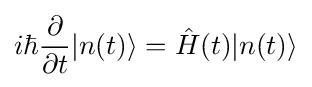
i\hbar {\frac {\partial }{\partial t}}|n(t)\rangle ={\hat {H}}(t)|n(t)\rangle